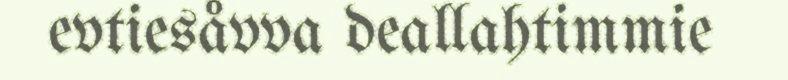
evtiesåvva deallahtimmie